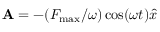
{ \bf A } = - ( { F _ { \mathrm { m a x } } } / { \omega } ) \cos ( \omega t ) \hat { x }